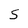
Character: S